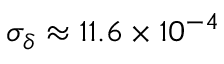
\sigma _ { \delta } \approx 1 1 . 6 \times 1 0 ^ { - 4 }